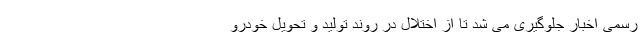
رسمی اخبار جلوگیری می شد تا از اختلال در روند تولید و تحویل خودرو